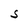
Character: S